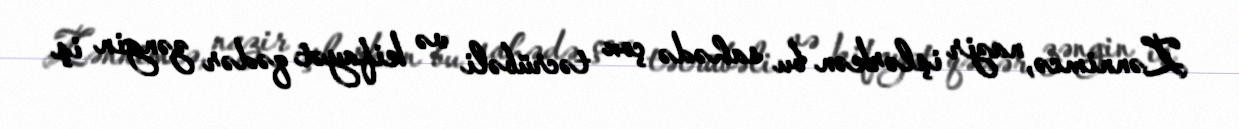
Zənnimcə, nazir işlərkən bu sahədə çox təcrübəli və kifayət qədər zəngin iş